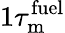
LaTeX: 1\tau_{\mathrm{m}}^{\mathrm{fuel}}